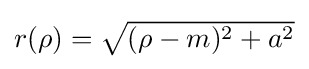
r(\rho )=\textstyle {\sqrt {(\rho -m)^{2}+a^{2}}}